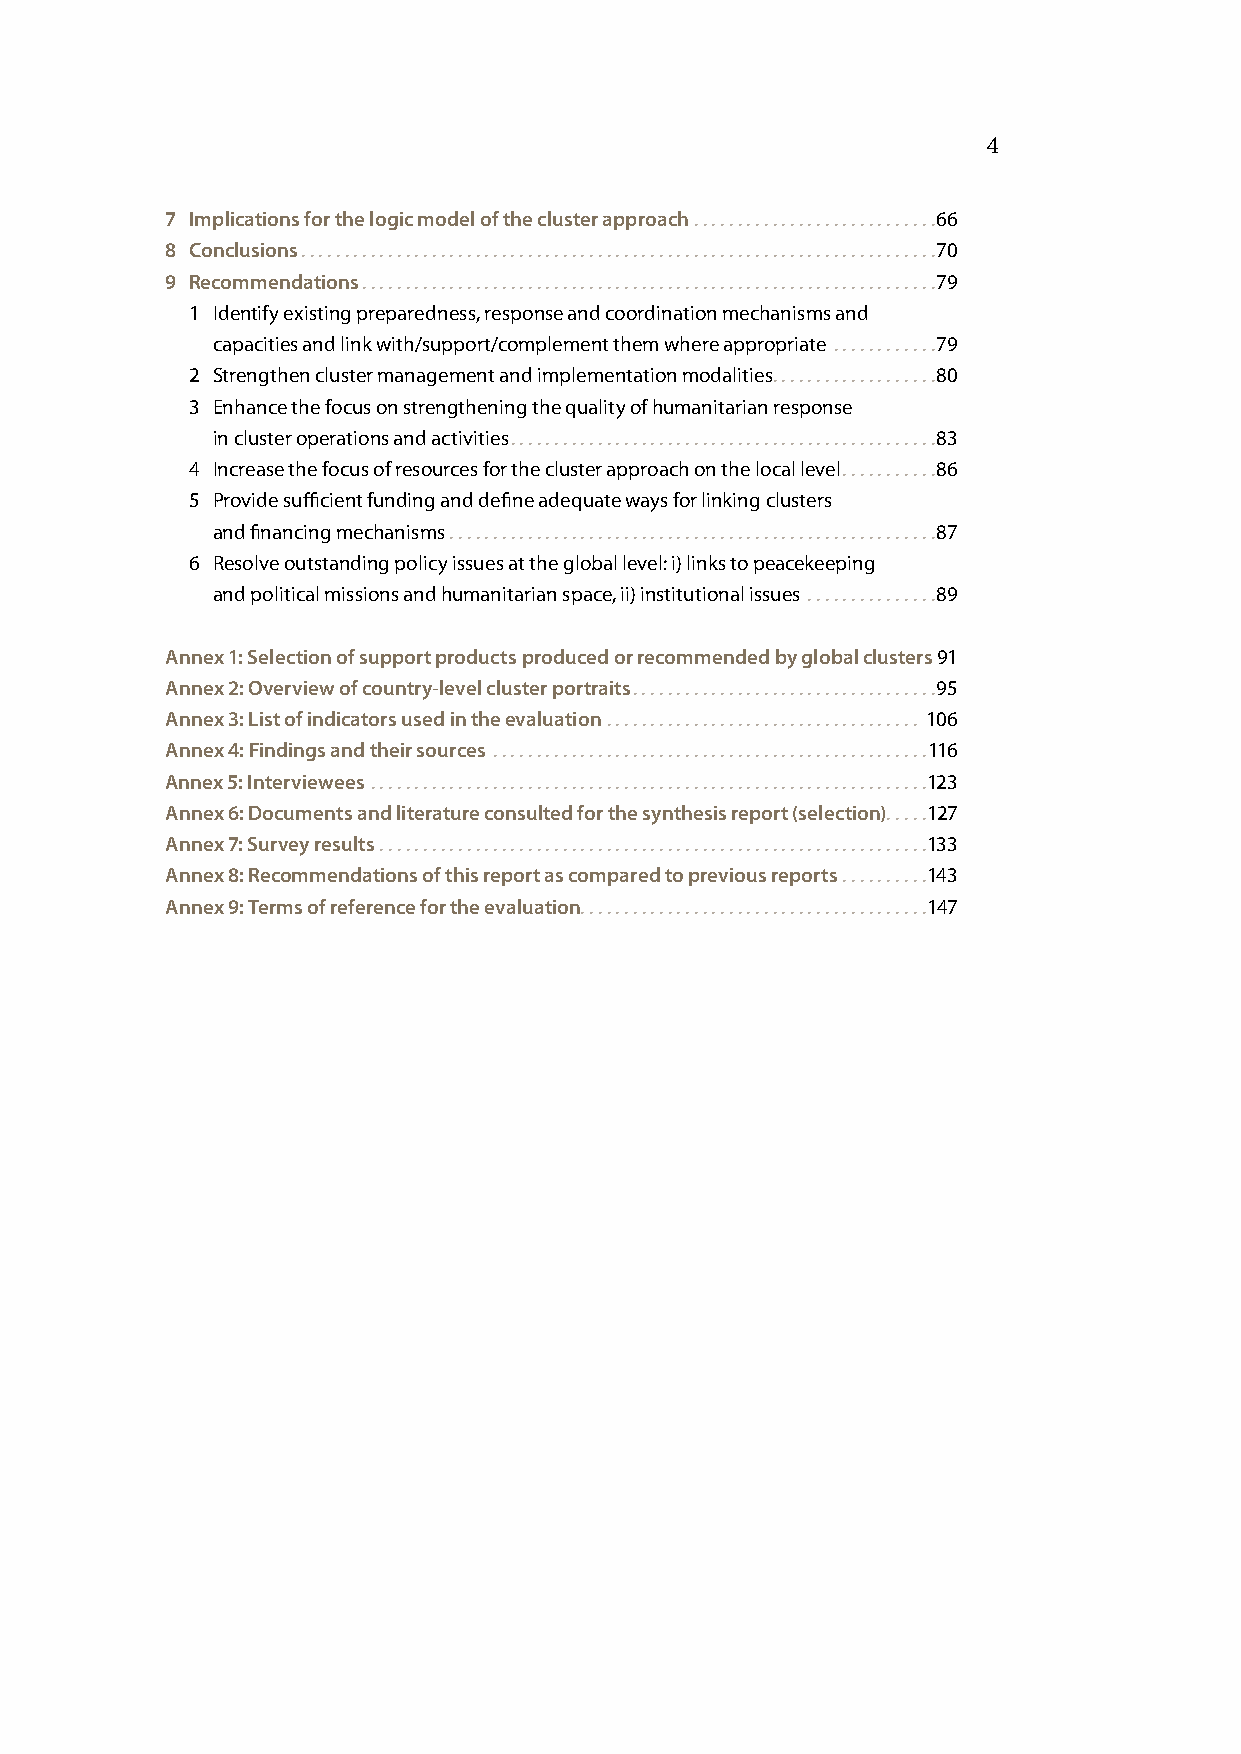
4
 7 Implications for the logic model of the cluster approach ............................66
 8 Conclusions .........................................................................70
 9 Recommendations ..................................................................79
 1 Identify existing preparedness, response and coordination mechanisms and
 capacities and link with/support/complement them where appropriate ............79
 2 Strengthen cluster management and implementation modalities ...................80
 3 Enhance the focus on strengthening the quality of humanitarian response
 in cluster operations and activities .................................................83
 4 Increase the focus of resources for the cluster approach on the local level ...........86
 5 Provide sufficient funding and define adequate ways for linking clusters
 and financing mechanisms ........................................................87
 6 Resolve outstanding policy issues at the global level: i) links to peacekeeping
 and political missions and humanitarian space, ii) institutional issues ...............89
 Annex 1: Selection of support products produced or recommended by global clusters 91
 Annex 2: Overview of country-level cluster portraits ...................................95
 Annex 3: List of indicators used in the evaluation .................................... 106
 Annex 4: Findings and their sources ..................................................116
 Annex 5: Interviewees ................................................................123
 Annex 6: Documents and literature consulted for the synthesis report (selection) .....127
 Annex 7: Survey results ...............................................................133
 Annex 8: Recommendations of this report as compared to previous reports ..........143
 Annex 9: Terms of reference for the evaluation ........................................147